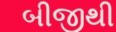
બીજીથી